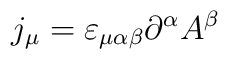
j_\mu = \varepsilon_{\mu\alpha\beta} \partial^\alpha A^\beta